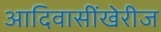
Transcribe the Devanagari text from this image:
आदिवासींखेरीज